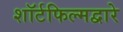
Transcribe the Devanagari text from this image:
शॉर्टफिल्मद्वारे